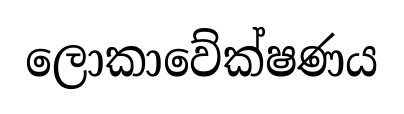
ලොකාවේක්ෂණය